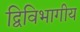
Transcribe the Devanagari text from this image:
द्विविभागीय